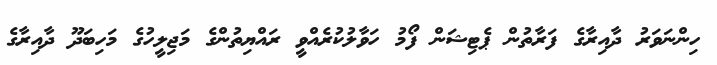
ހިންނަވަރު ދާއިރާގެ ފަރާތުން ޕެޓިޝަން ފޯމު ހަވާލުކުރެއްވީ ރައްޔިތުންގެ މަޖިލީހުގެ މަހިބަދޫ ދާއިރާގެ